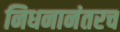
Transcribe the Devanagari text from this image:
निधनानंतरच